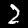
Label: 2